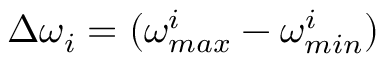
\Delta \omega _ { i } = ( \omega _ { m a x } ^ { i } - \omega _ { m i n } ^ { i } )